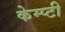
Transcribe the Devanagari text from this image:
केम्प्टी